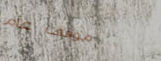
موقف عام